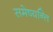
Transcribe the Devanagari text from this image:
समेष्यन्ति